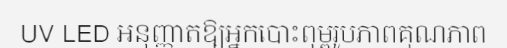
UV LED អនុញ្ញាតឱ្យអ្នកបោះពុម្ពរូបភាពគុណភាព